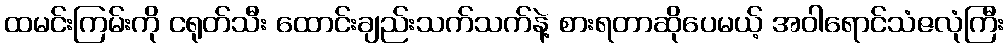
ထမင်းကြမ်းကို ငရုတ်သီး ထောင်းချည်းသက်သက်နဲ့ စားရတာဆိုပေမယ့် အဝါရောင်သံဇလုံကြီး